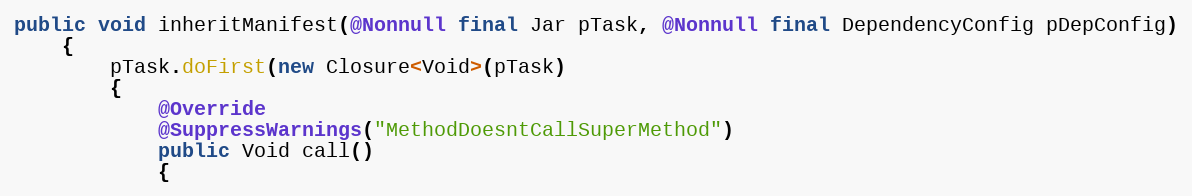
Language: Java
public void inheritManifest(@Nonnull final Jar pTask, @Nonnull final DependencyConfig pDepConfig)
    {
        pTask.doFirst(new Closure<Void>(pTask)
        {
            @Override
            @SuppressWarnings("MethodDoesntCallSuperMethod")
            public Void call()
            {